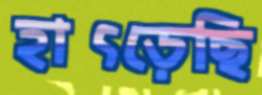
হাৎড়েছি